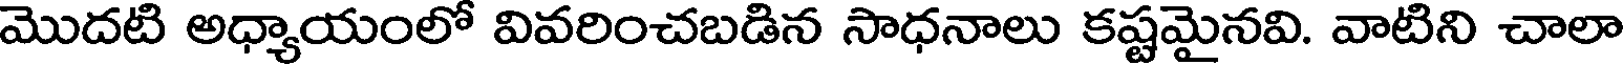
మొదటి అధ్యాయంలో వివరించబడిన సాధనాలు కష్టమైనవి. వాటిని చాలా